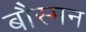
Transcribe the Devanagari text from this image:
बौस्मन